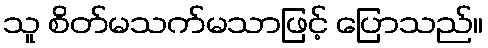
သူ စိတ်မသက်မသာဖြင့် ပြောသည်။